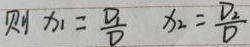
则 \(x_{1} = \frac{D_{1}}{D}\)，\(x_{2} = \frac{D_{2}}{D}\)